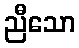
ညီသော